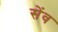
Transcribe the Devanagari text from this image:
सेंव